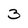
Character: 3